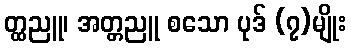
တ္ထညူ၊ အတ္တညူ စသော ပုဒ် (၇)မျိုး